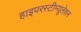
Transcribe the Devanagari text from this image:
हाइपरस्टीम्यूलेशन